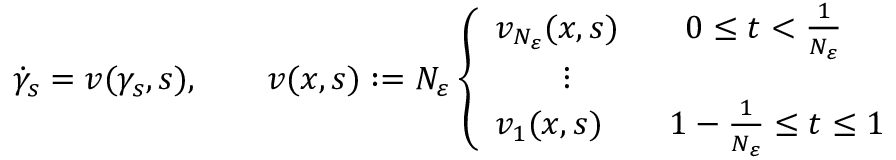
\dot { \gamma } _ { s } = v ( { \gamma } _ { s } , s ) , \qquad v ( x , s ) : = N _ { \varepsilon } \left\{ \begin{array} { l l } { v _ { N _ { \varepsilon } } ( x , s ) \qquad 0 \leq t < \frac { 1 } { N _ { \varepsilon } } } \\ { \qquad \vdots } \\ { v _ { 1 } ( x , s ) \qquad 1 - \frac { 1 } { N _ { \varepsilon } } \leq t \leq 1 } \end{array} \right.